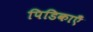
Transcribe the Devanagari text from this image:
पिडिकाएँ